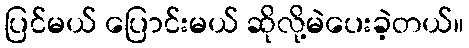
ပြင်မယ် ပြောင်းမယ် ဆိုလို့မဲပေးခဲ့တယ်။